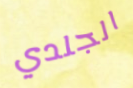
الجلدي